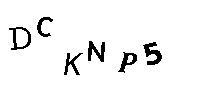
DCKNP5